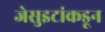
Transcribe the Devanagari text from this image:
जेसुइटांकडून